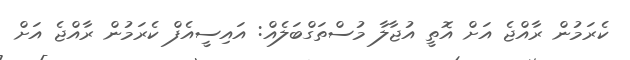
ކެރަމުން ރާއްޖެ އަށް އޮތީ އުޖާލާ މުސްތަގްބަލެއް: އައިސީއެފް ކެރަމުން ރާއްޖެ އަށް